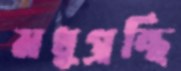
মধুগ্রন্থি